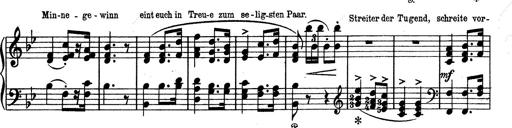
Title: Aus Lohengrin
Composer: Franz Liszt